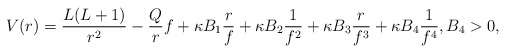
\begin{align*} V(r) = \frac{L(L+1)}{r^2} - \frac{Q}{r} f + \kappa B_1 \frac{r}{f} + \kappa B_2 \frac{1}{f^2} + \kappa B_3 \frac{r}{f^3} + \kappa B_4 \frac{1}{f^4}, B_4>0,\end{align*}